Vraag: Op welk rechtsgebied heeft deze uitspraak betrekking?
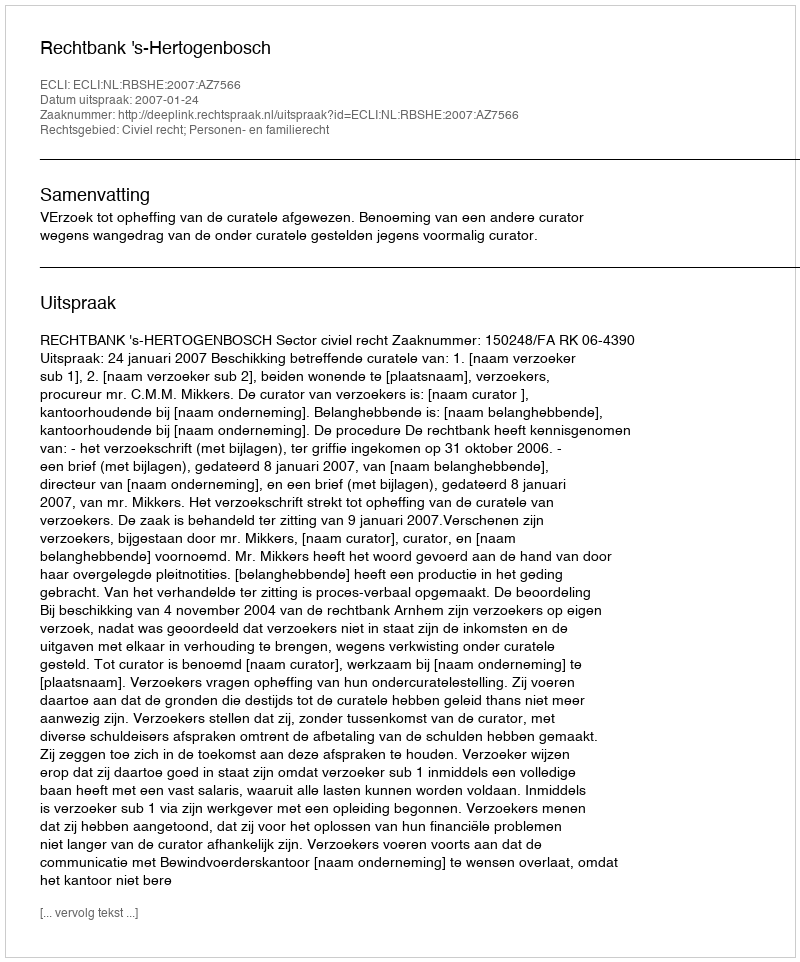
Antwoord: Civiel recht; Personen- en familierecht